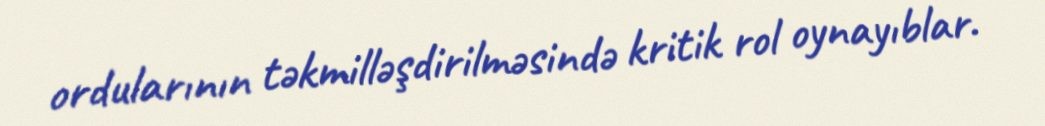
ordularının təkmilləşdirilməsində kritik rol oynayıblar.